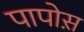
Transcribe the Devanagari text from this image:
पापोस़